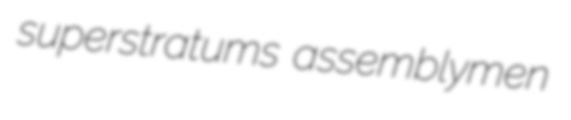
superstratums assemblymen